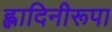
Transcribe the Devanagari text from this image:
ह्लादिनीरूपा